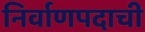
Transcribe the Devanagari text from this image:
निर्वाणपदाची